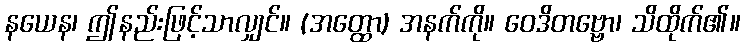
နယေန၊ ဤနည်းဖြင့်သာလျှင်။ (အတ္ထော) အနက်ကို။ ဝေဒိတဗ္ဗော၊ သိထိုက်၏။